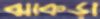
ঝাকড়া